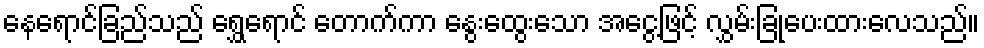
နေရောင်ခြည်သည် ရွှေရောင် တောက်ကာ နွေးထွေးသော အငွေ့ဖြင့် လွှမ်းခြုံပေးထားလေသည်။